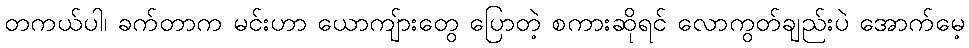
တကယ်ပါ၊ ခက်တာက မင်းဟာ ယောကျ်ားတွေ ပြောတဲ့ စကားဆိုရင် လောကွတ်ချည်းပဲ အောက်မေ့